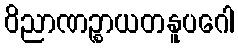
ဝိညာဏဉ္စာယတနူပဂေါ